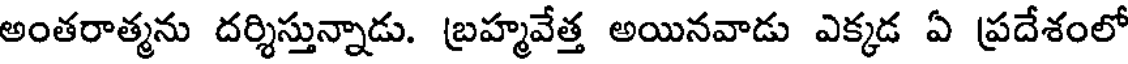
అంతరాత్మను దర్శిస్తున్నాడు. బ్రహ్మవేత్త అయినవాడు ఎక్కడ ఏ ప్రదేశంలో